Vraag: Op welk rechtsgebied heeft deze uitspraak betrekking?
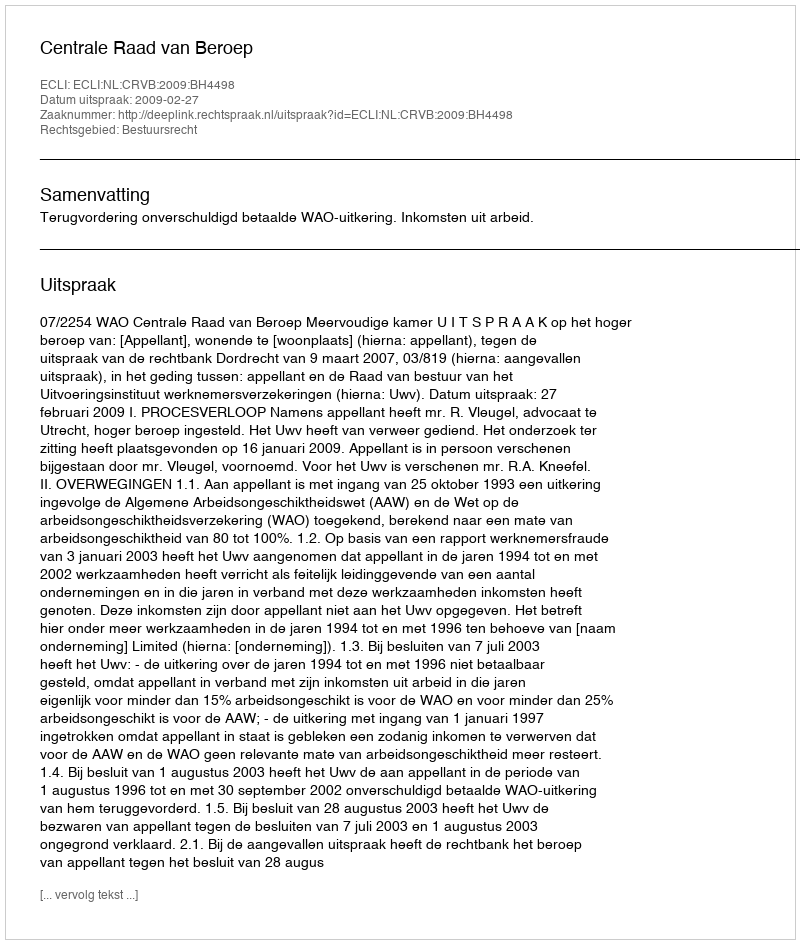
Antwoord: Bestuursrecht